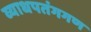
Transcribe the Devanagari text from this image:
व्याधपतंगगण